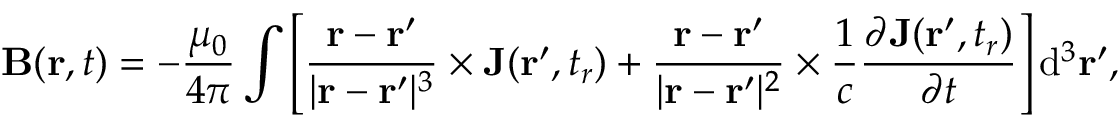
\mathbf { B } ( \mathbf { r } , t ) = - { \frac { \mu _ { 0 } } { 4 \pi } } \int \left[ { \frac { \mathbf { r } - \mathbf { r } ^ { \prime } } { | \mathbf { r } - \mathbf { r } ^ { \prime } | ^ { 3 } } } \times \mathbf { J } ( \mathbf { r } ^ { \prime } , t _ { r } ) + { \frac { \mathbf { r } - \mathbf { r } ^ { \prime } } { | \mathbf { r } - \mathbf { r } ^ { \prime } | ^ { 2 } } } \times { \frac { 1 } { c } } { \frac { \partial \mathbf { J } ( \mathbf { r } ^ { \prime } , t _ { r } ) } { \partial t } } \right] \mathrm { d } ^ { 3 } \mathbf { r } ^ { \prime } ,